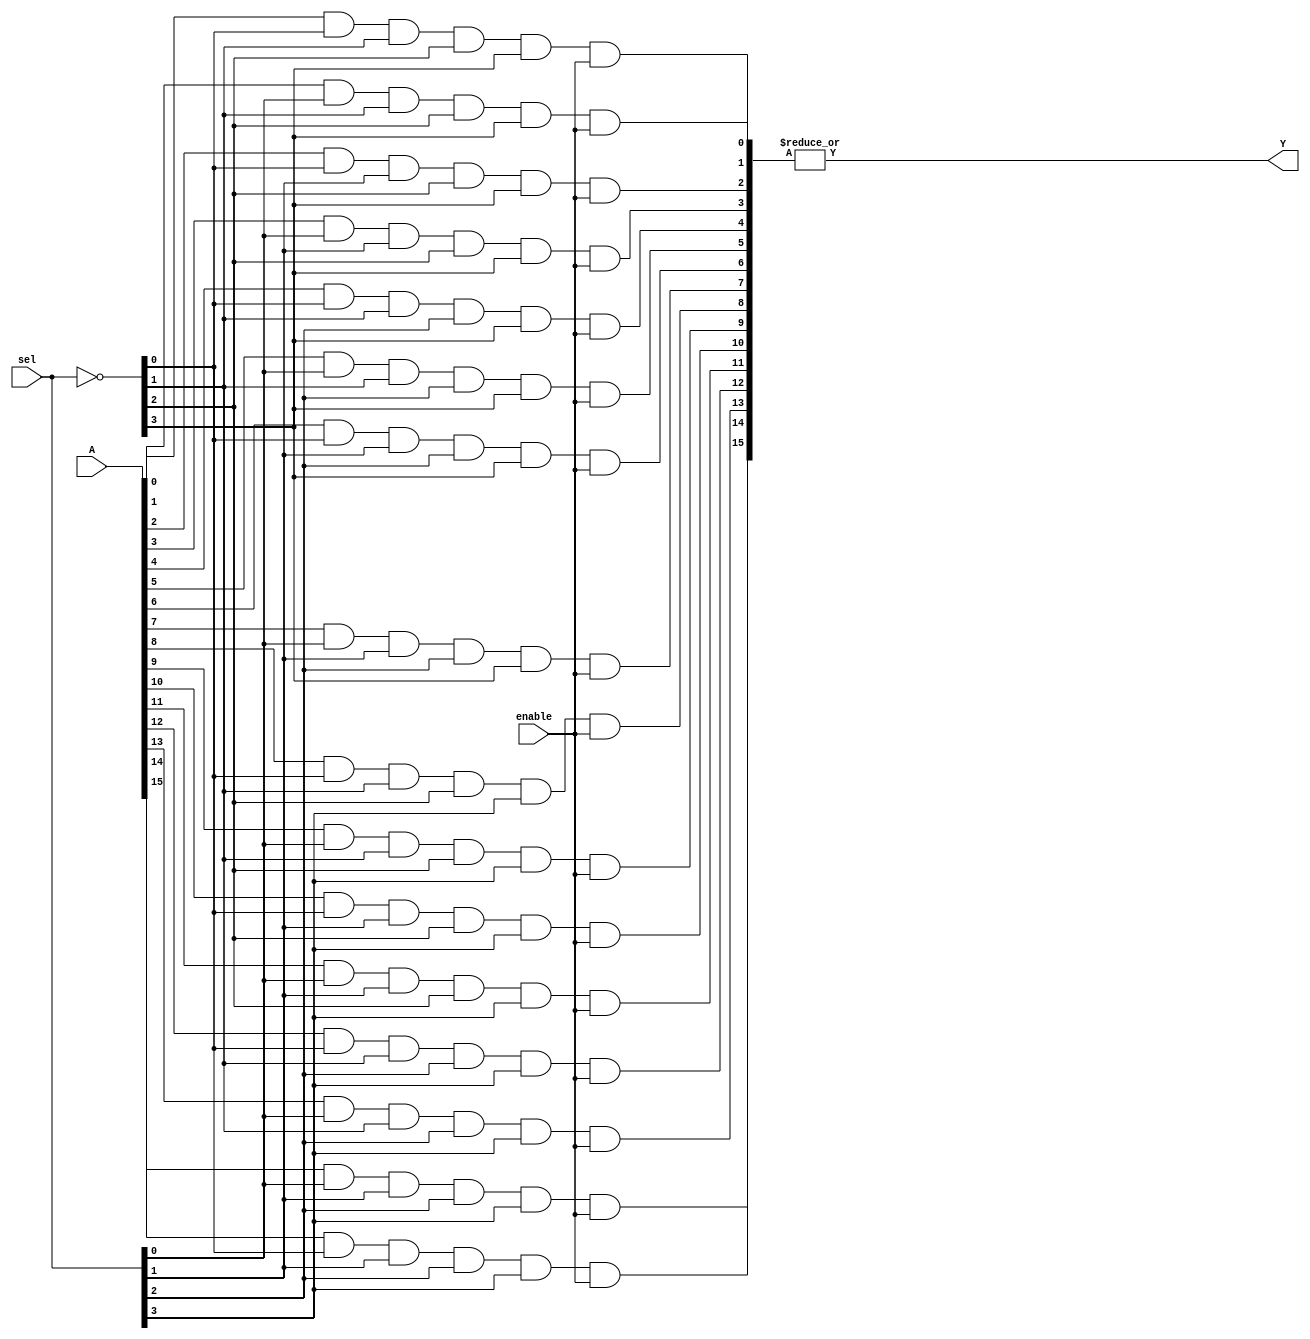
`timescale 1ns/1ns

module mux16to1 (
    input [15:0]A,
    input enable,
    input [3:0]sel,
    output Y
);
    wire [3:0]sel_not;
    wire [15:0]X;
    assign sel_not = ~ sel;
    and G1 (X[0],A[0],sel_not[0],sel_not[1],sel_not[2],sel_not[3],enable);
    and G2 (X[1],A[1],sel[0],sel_not[1],sel_not[2],sel_not[3],enable);
    and G3 (X[2],A[2],sel_not[0],sel[1],sel_not[2],sel_not[3],enable);
    and G4 (X[3],A[3],sel[0],sel[1],sel_not[2],sel_not[3],enable);   

    and G5 (X[4],A[4],sel_not[0],sel_not[1],sel[2],sel_not[3],enable);
    and G6 (X[5],A[5],sel[0],sel_not[1],sel[2],sel_not[3],enable);
    and G7 (X[6],A[6],sel_not[0],sel[1],sel[2],sel_not[3],enable);
    and G8 (X[7],A[7],sel[0],sel[1],sel[2],sel_not[3],enable);

    and G9 (X[8],A[8],sel_not[0],sel_not[1],sel_not[2],sel[3],enable);
    and G10 (X[9],A[9],sel[0],sel_not[1],sel_not[2],sel[3],enable);
    and G11 (X[10],A[10],sel_not[0],sel[1],sel_not[2],sel[3],enable);
    and G12 (X[11],A[11],sel[0],sel[1],sel_not[2],sel[3],enable);   

    and G13 (X[12],A[12],sel_not[0],sel_not[1],sel[2],sel[3],enable);
    and G14 (X[13],A[13],sel[0],sel_not[1],sel[2],sel[3],enable);
    and G15 (X[14],A[14],sel_not[0],sel[1],sel[2],sel[3],enable);
    and G16 (X[15],A[15],sel[0],sel[1],sel[2],sel[3],enable);
     
    assign Y = |X;
endmodule